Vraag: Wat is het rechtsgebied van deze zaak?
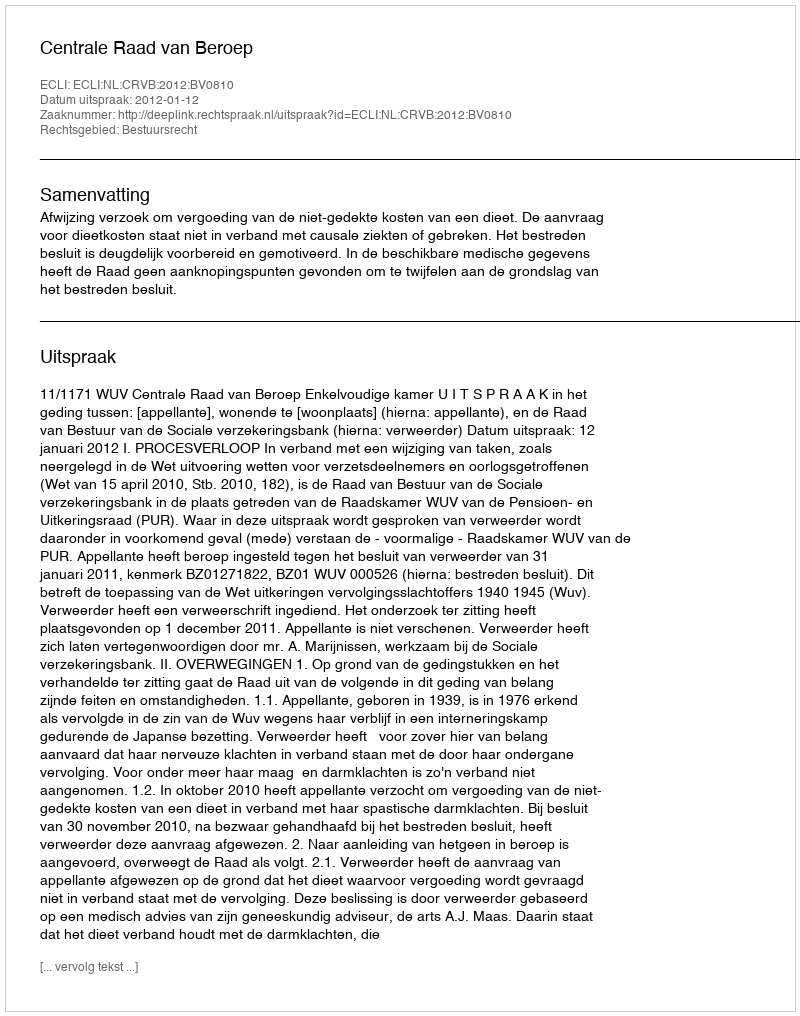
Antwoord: Bestuursrecht